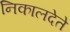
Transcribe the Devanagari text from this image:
निकालदेते